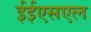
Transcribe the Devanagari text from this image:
ईईएसएल